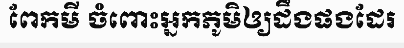
ពែកមី ចំពោះអ្នកភូមិឲ្យដឹងផងដែរ